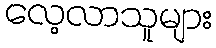
လေ့လာသူများ